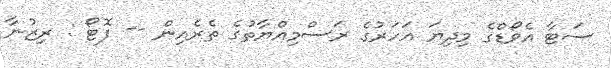
ސަޓާ އެވޯޑްގެ މިދިޔަ އަހަރުގެ ރަސްމިއްޔާތުގެ ތެރެއިން -- ފޮޓޯ : ރިޒުނާ